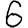
Digit: 6